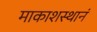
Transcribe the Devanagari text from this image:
माकाशस्थानं